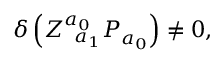
\delta \left( Z _ { \; \; a _ { 1 } } ^ { a _ { 0 } } { \cal P } _ { a _ { 0 } } \right) \neq 0 ,